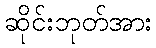
ဆိုင်းဘုတ်အား